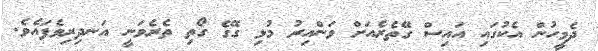
ދެމީހުން އެކުގައި އައިސް ގޭތެރެއަށް ވަންއިރު މުޅި ގޭގެ ގޯތި ތެރެވަނީ އަނދިރިވެފައެވެ.